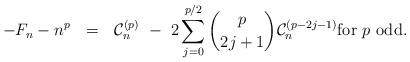
LaTeX: \begin{align*} - F_n - n^p \ \ = \ \ \mathcal{C}_n^{(p)} \ - \ 2\sum_{j=0}^{p/2} \binom{p}{2j+1} \mathcal{C}_n^{(p-2j-1)} \mbox{for $p$ odd}.\end{align*}